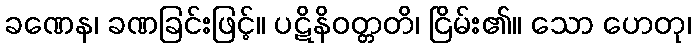
ခဏေန၊ ခဏခြင်းဖြင့်။ ပဋိနိဝတ္တတိ၊ ငြိမ်း၏။ သော ဟေတု၊